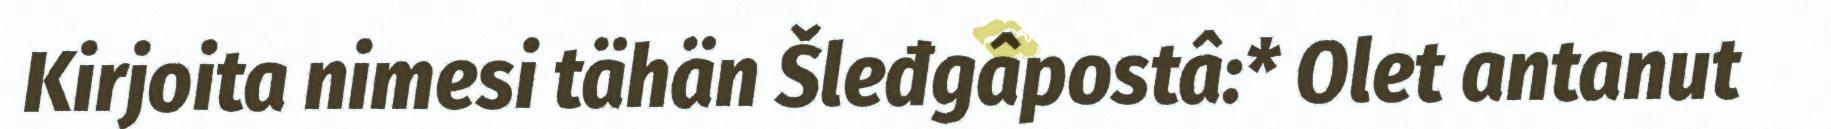
Kirjoita nimesi tähän Šleđgâpostâ:* Olet antanut